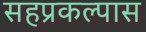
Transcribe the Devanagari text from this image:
सहप्रकल्पास